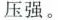
压强。